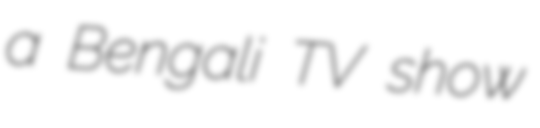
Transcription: a Bengali TV show